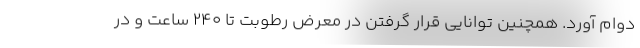
دوام آورد. همچنین توانایی قرار گرفتن در معرض رطوبت تا ۲۴۰ ساعت و در